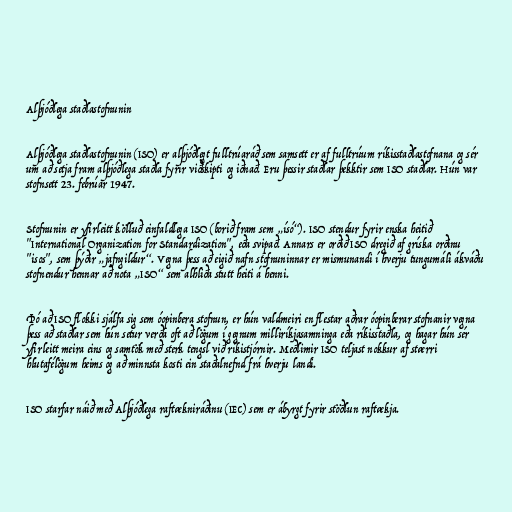
Alþjóðlega staðlastofnunin

Alþjóðlega staðlastofnunin (ISO) er alþjóðlegt fulltrúaráð sem samsett er af fulltrúum ríkisstaðlastofnana og sér
um að setja fram alþjóðlega staðla fyrir viðskipti og iðnað. Eru þessir staðlar þekktir sem ISO staðlar. Hún var
stofnsett 23. febrúar 1947.

Stofnunin er yfirleitt kölluð einfaldlega ISO (borið fram sem „ísó“). ISO stendur fyrir enska heitið
"International Organization for Standardization", eða svipað. Annars er orðið ISO dregið af gríska orðinu
"isos", sem þýðir „jafngildur“. Vegna þess að eigið nafn stofnuninnar er mismunandi í hverju tungumáli ákváðu
stofnendur hennar að nota „ISO“ sem alhliða stutt heiti á henni.

Þó að ISO flokki sjálfa sig sem óopinbera stofnun, er hún valdmeiri en flestar aðrar óopinberar stofnanir vegna
þess að staðlar sem hún setur verða oft að lögum í gegnum milliríkjasamninga eða ríkisstaðla, og hagar hún sér
yfirleitt meira eins og samtök með sterk tengsl við ríkistjórnir. Meðlimir ISO teljast nokkur af stærri
hlutafélögum heims og að minnsta kosti ein staðalnefnd frá hverju landi.

ISO starfar náið með Alþjóðlega raftækniráðinu (IEC) sem er ábyrgt fyrir stöðlun raftækja.